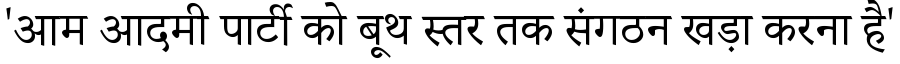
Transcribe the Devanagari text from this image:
'आम आदमी पार्टी को बूथ स्तर तक संगठन खड़ा करना है'